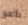
داعر